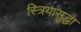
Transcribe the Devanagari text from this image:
स्त्रियासुद्धा